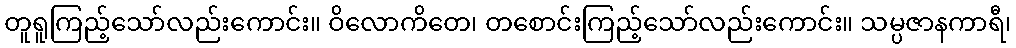
တူရူကြည့်သော်လည်းကောင်း။ ဝိလောကိတေ၊ တစောင်းကြည့်သော်လည်းကောင်း။ သမ္ပဇာနကာရီ၊